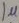
Text: 1µ